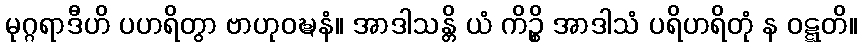
မုဂ္ဂရာဒီဟိ ပဟရိတွာ ဗာဟုဝဍ္ဎနံ။ အာဒါသန္တိ ယံ ကိဉ္စိ အာဒါသံ ပရိဟရိတုံ န ဝဋ္ဋတိ။